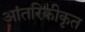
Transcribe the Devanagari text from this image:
आंतरिकीकृत